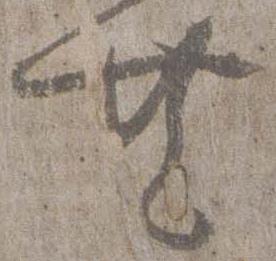
共